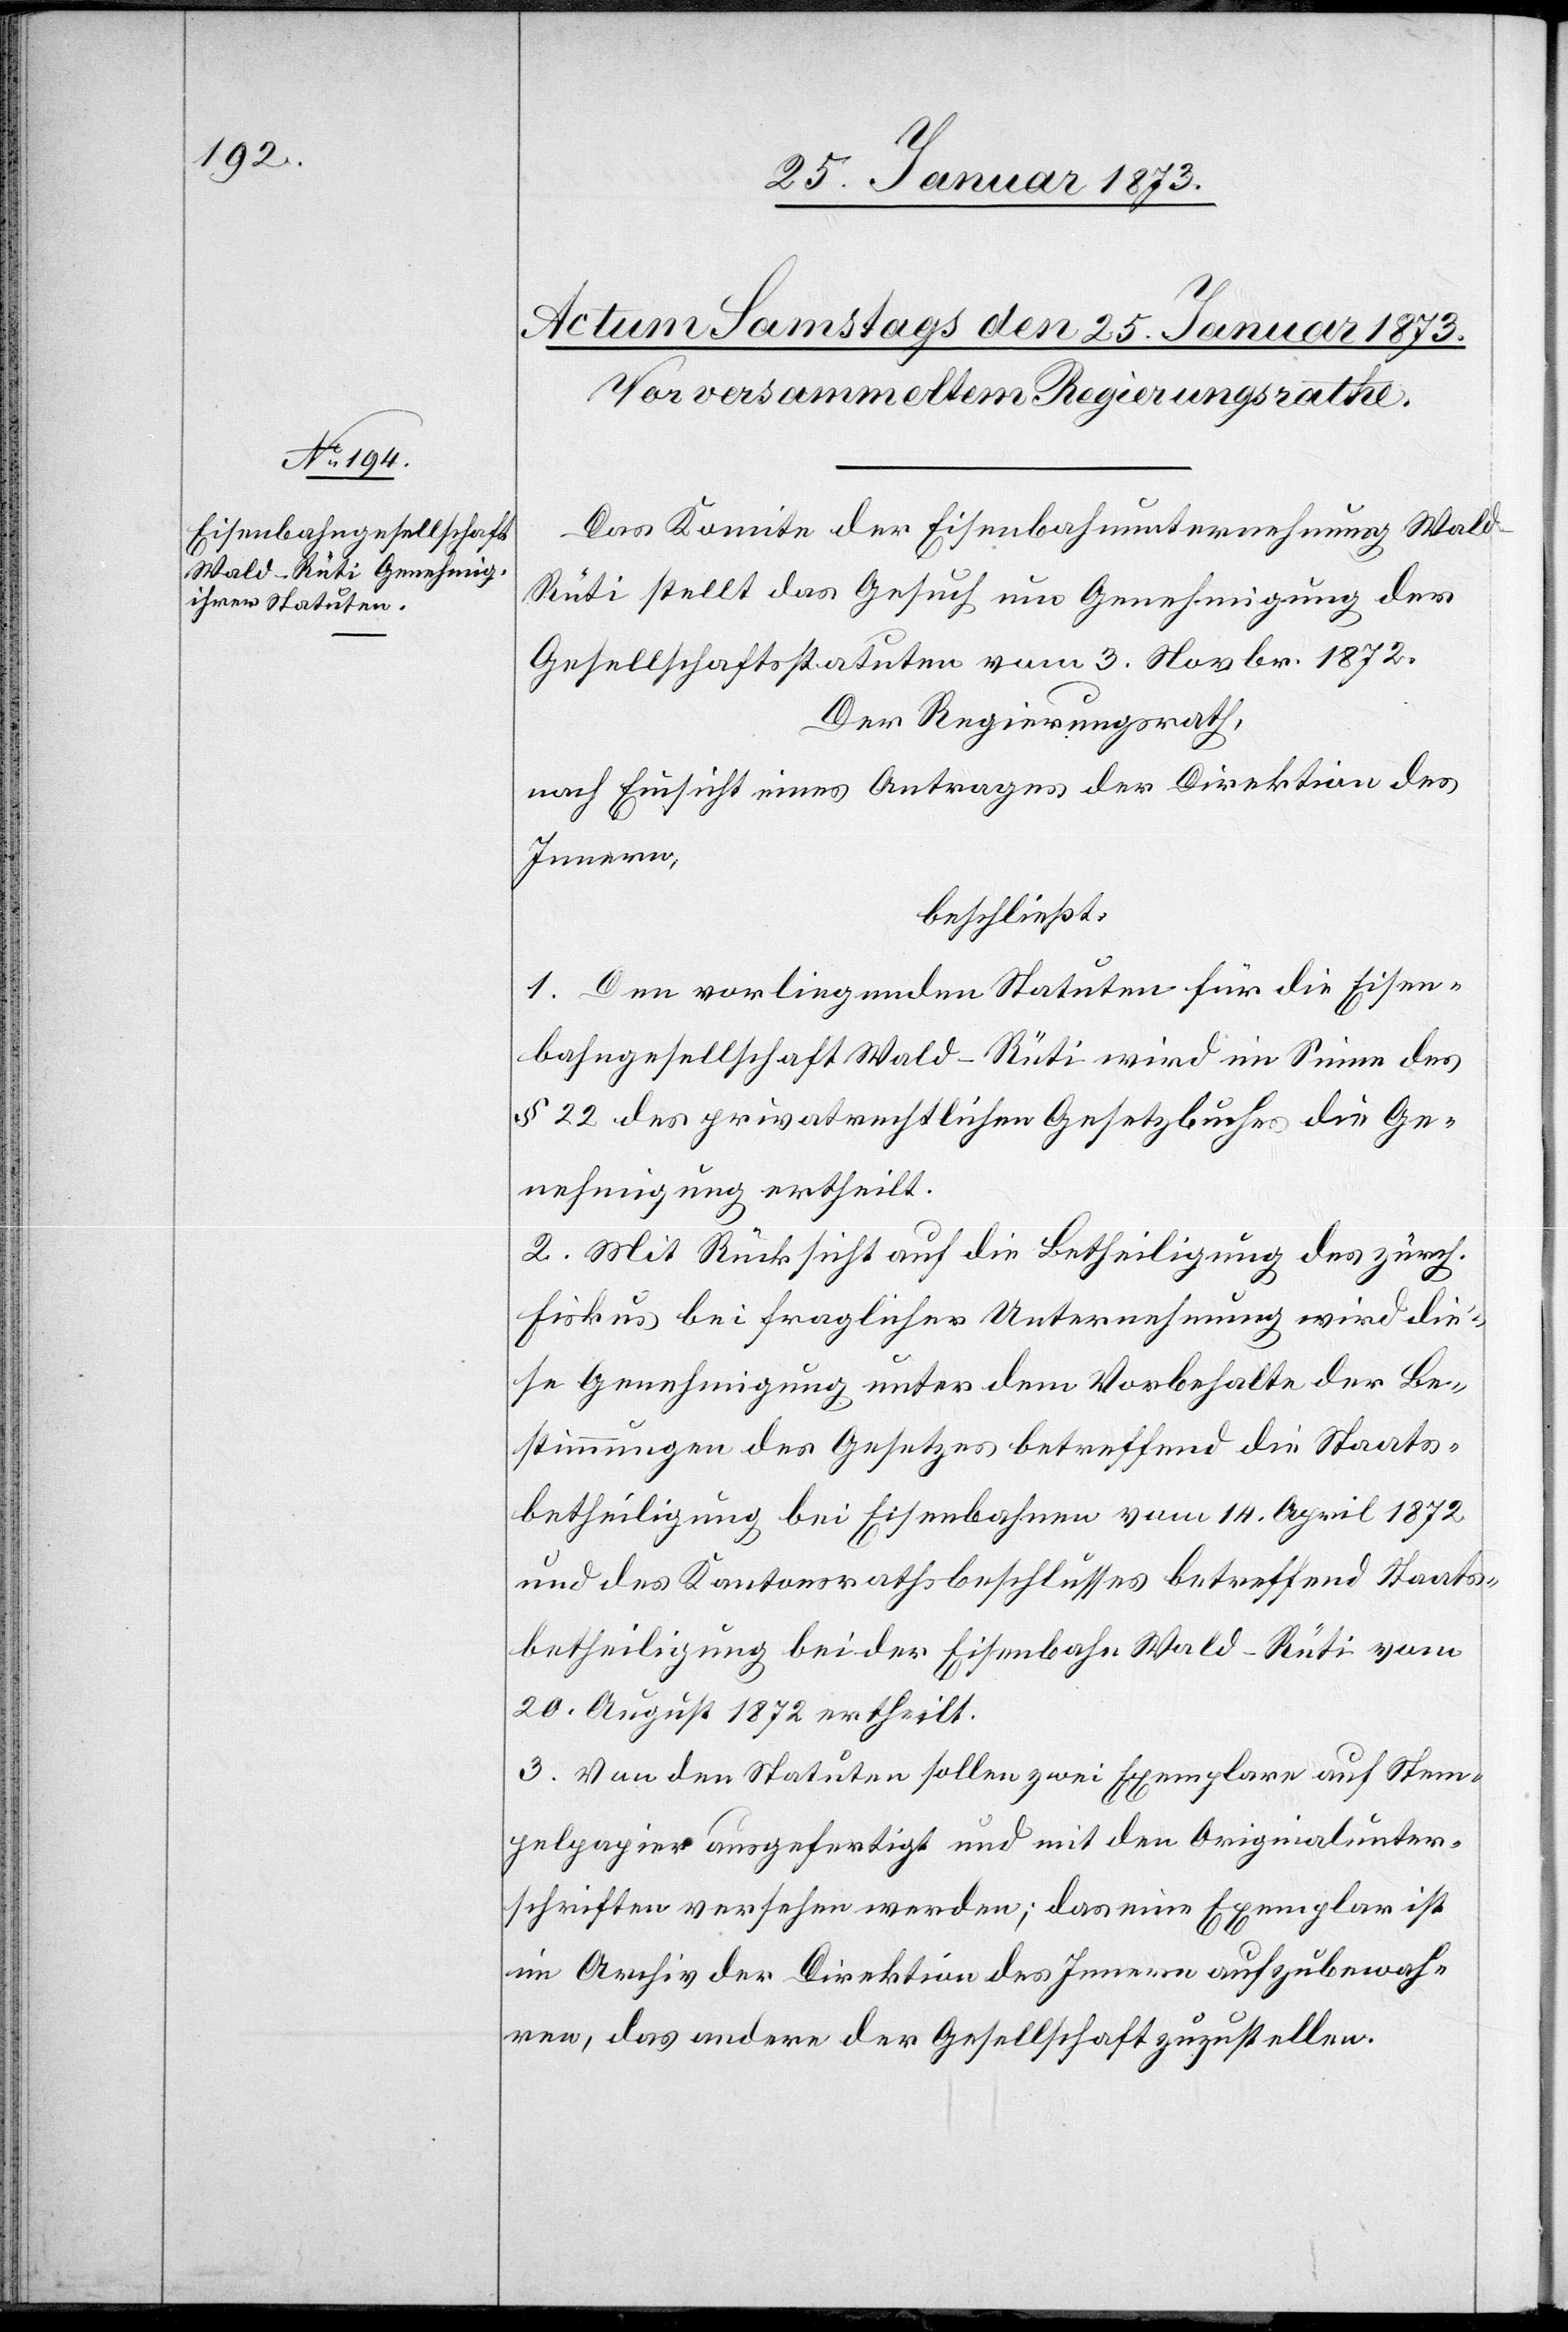
Das Komite der Eisenbahnunternehmung Wal¬
d–Rüti stellt das Gesuch um Genehmigung der
Gesellschaftsstatuten vom 3. Novbr. 1872.
Der Regierungsrath,
nach Einsicht eines Antrages der Direktion des
Innern,
beschließt:
1. Den vorliegenden Statuten für die Eisen¬
bahngesellschaft Wald–Rüti wird im Sinne des
§ 22 des privatrechtlichen Gesetzbuches die Ge¬
nehmigung ertheilt.
2. Mit Rücksicht auf die Betheiligung des zürch.
Fiskus bei fraglicher Unternehmung wird die¬
se Genehmigung unter dem Vorbehalte der Be¬
stimmungen des Gesetzes betreffend die Staats¬
betheiligung bei Eisenbahnen vom 14. April 1872
und des Kantonsrathsbeschlusses betreffend Staats¬
betheiligung bei der Eisenbahn Wald–Rüti vom
20. August 1872 ertheilt.
3. Von den Statuten sollen zwei Exemplare auf Stem¬
pelpapier ausgefertigt und mit den Originalunter¬
schriften versehen werden; das eine Exemplar ist
im Archiv der Direktion des Innern aufzubewah¬
ren, das andere der Gesellschaft zuzustellen.